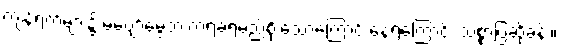
ကျန်ရက်များ၌ မပျော်မွေ့ဘဲ ကဲ့ရဲ့ခံရမည်စိုးသောကြောင့် နေရကြောင်း သစ္စာပြဆိုခန်း။